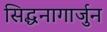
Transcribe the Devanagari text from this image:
सिद्धनागार्जुन